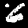
Digit: 6